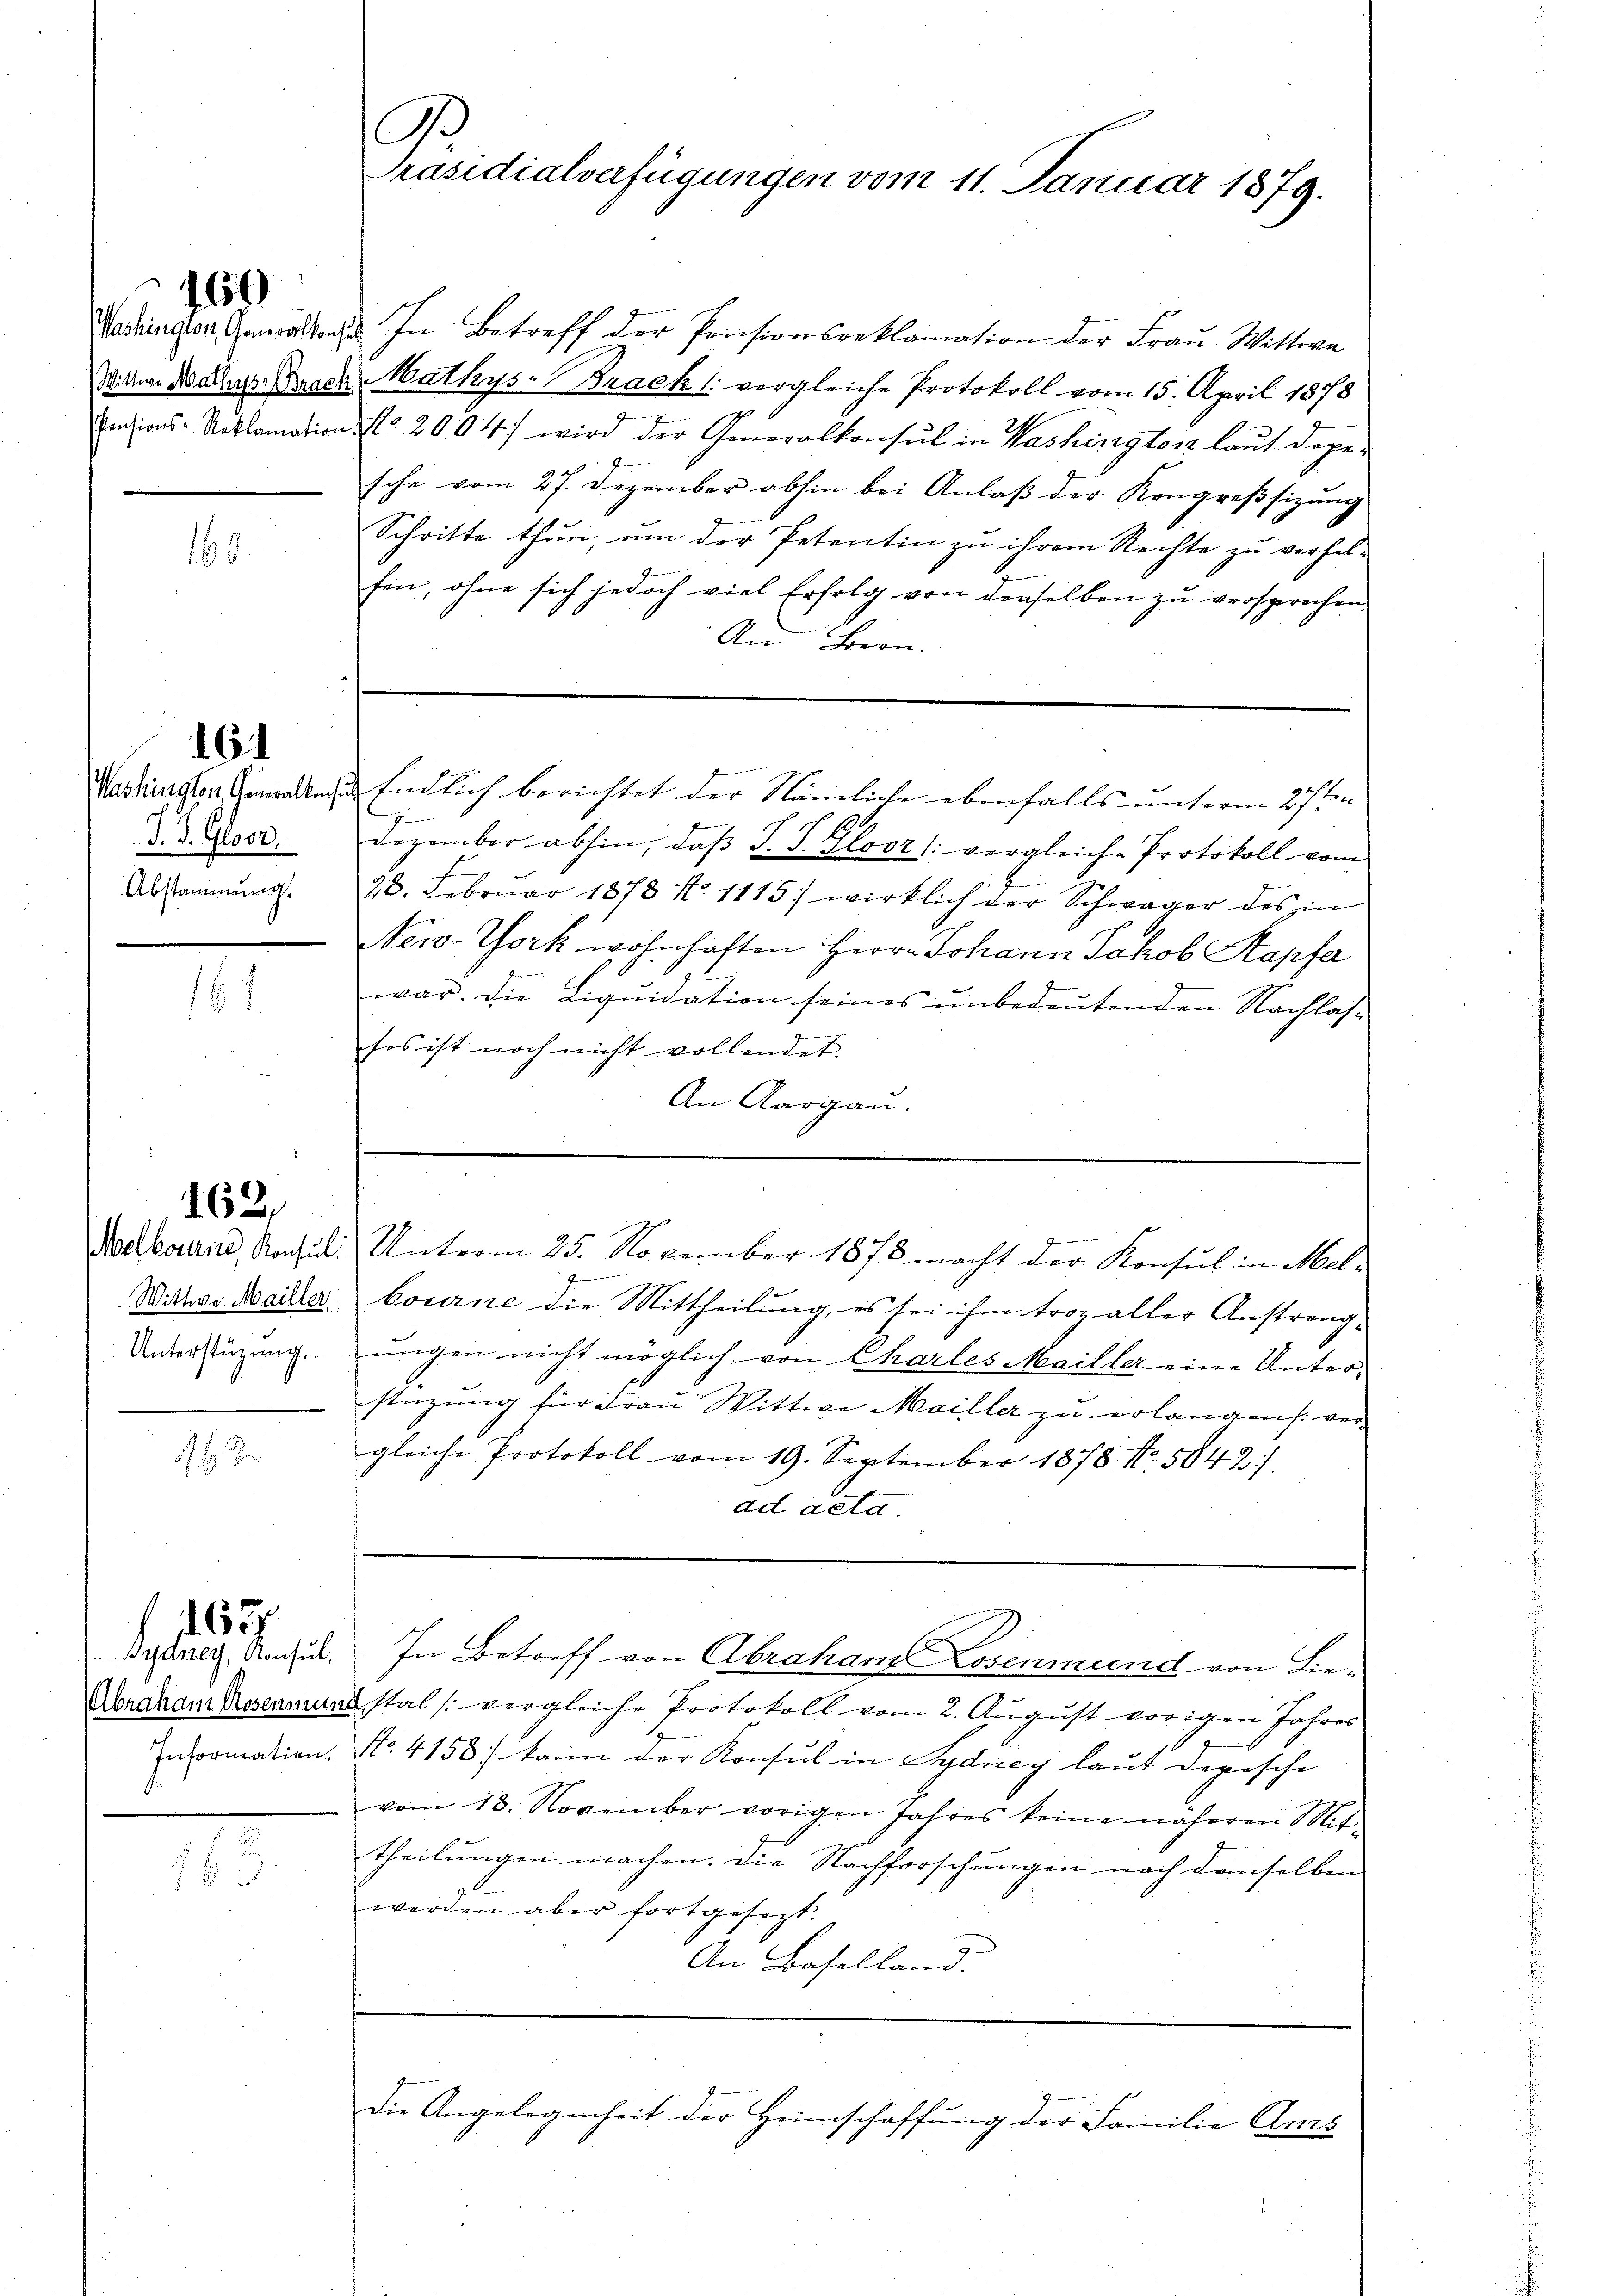
160

16.

J. J. Glosz
Abstammung.

163

61

164

162,

Bydney, Konsul,

163

Washingen den In Betreff der Pensionsreklamation der Frau Wittwe
Wittwas do alles Geser Mathys: Brack 1: vergleiche Protokoll vom 15. April 1878
Ensions-Reklamation No. 2004) wird der Generalkonsul in Washington laut. Depesche vom 27. Dezember abhin bei Anlaß der Kongreßsizung
Schritte thun, um der Petentin zu ihrem Rechte zu verhel-
fen, ohne sich jedoch viel Erfolg von derselben zu versprechen.
An Bern.
Mashingten Anwalten Endlich berichtet der Nämliche ebenfalls unterm 27sten
7
Dezember abhin, daß P. P. Gloor (: vergleiche Protokoll vom
28. Februar 1878 No 1115) wirklich der Schwager des in
New-York wohnhaften Herrn Johann Jchob Kopfa
war. Die Liqŭidation seines ŭnbedeŭtenden Nachlas-
ses ist noch nicht vollendet.
An Aargau.
—

No
Präsidialverfügungen vom 11. Januar 1879.

Moellosen, Konsult. Unterm 25. November 1878 macht der Konsul in Mel¬
Wittwe Mailler bourne die Mittheilung, es sei ihm troz aller Anstreng-
Unterstüzung ungen nicht möglich, von Charles Mailler eine Unterstüzung für Frau Wittwe Mailler zu erlangens ver-
.
gleiche Protokoll vom 19. September 1878 No. 5842).
ad acta
In Betreff von Abrahand Losenmund von Lie¬
Abraham Rosenmuns stat (vergleiche Protokoll vom 2. August vorigen Jahres
normation. No. 4158/ kain der Konsul in Sydney laut Depesche
vom 18. November vorigen Jahres keine näheren Mit-
theilungen machen. Die Nachforschungen nach denselben
werden aber fortgesezt.
An Baselland.

Die Angelegenheit der Heimschaffung der Familie Ams